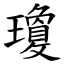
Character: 瓊